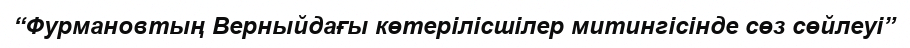
“Фурмановтың Верныйдағы көтерілісшілер митингісінде сөз сөйлеуі”